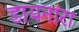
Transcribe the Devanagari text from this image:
डायनारा